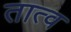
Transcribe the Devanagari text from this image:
तात्व